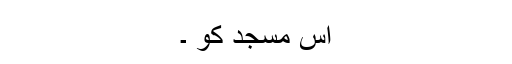
اس مسجد کو ۔